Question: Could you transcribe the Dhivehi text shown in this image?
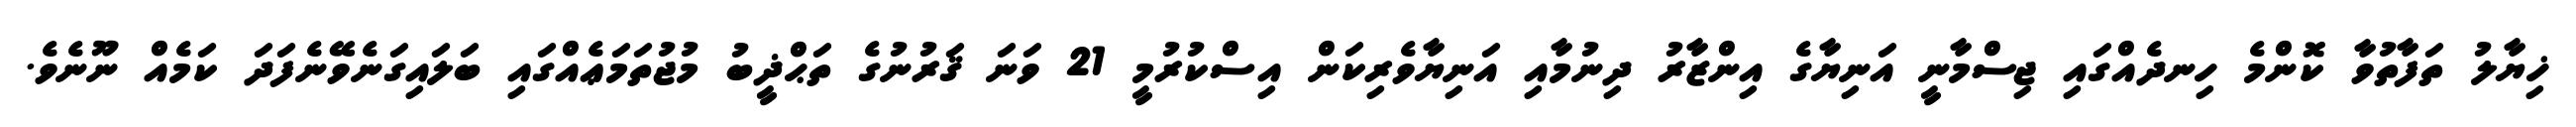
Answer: ޚިޔާލު ތަފާތުވާ ކޮންމެ ހިނދެއްގައި ޖިސްމާނީ އަނިޔާގެ އިންޒާރު ދިނުމާއި އަނިޔާވެރިކަން އިސްކުރުމީ 21 ވަނަ ޤަރުނުގެ ތަޙްޛީބު މުޖުތަމަޢެއްގައި ބަލައިގަނެވޭނެފަދަ ކަމެއް ނޫނެވެ.